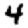
Digit: 4